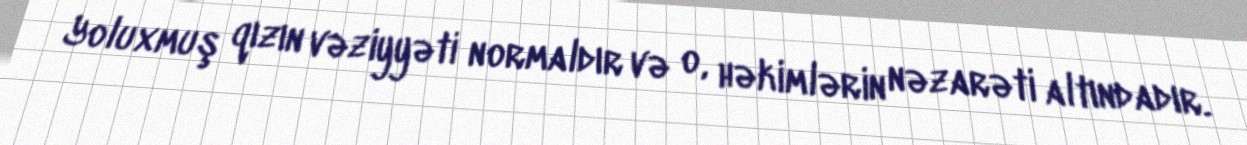
Yoluxmuş qızın vəziyyəti normaldır və o, həkimlərin nəzarəti altındadır.